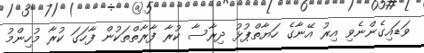
ވަޑައިގެންނެވި އިރު އޭނާގެ ހަޔާތްޕުޅު ދިރާސާ ކުރާ ފާރާތްތަކުން ފާހަގަ ކުރާ މުހިންމު